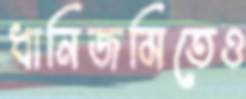
ধানিজমিতেও